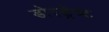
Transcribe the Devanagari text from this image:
डोरड्रेच्ट